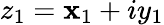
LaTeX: z_{1}=\mathbf{x}_{1}+iy_{1}